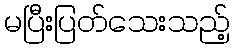
မပြီးပြတ်သေးသည့်